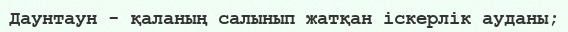
Даунтаун - қаланың салынып жатқан іскерлік ауданы;